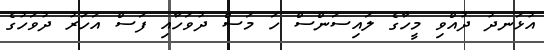
އުޅަނދު ދުއްވި މީހާގެ ލައިސަންސް ހަ މަސް ދުވަހާއި ފަސް އަހަރު ދުވަހުގެ